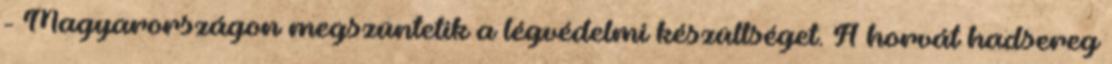
- Magyarországon megszüntetik a légvédelmi készültséget. A horvát hadsereg